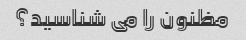
مظنون را می شناسید؟